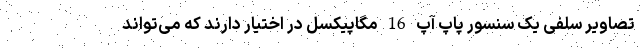
تصاویر سلفی یک سنسور پاپ آپ 16 مگاپیکسل در اختیار دارند که می‌تواند